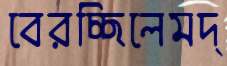
বেরচ্ছিলেমদ্